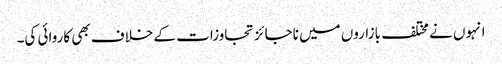
انہوں نے مختلف بازاروں میں ناجائز تجاوزات کے خلاف بھی کاروائی کی۔